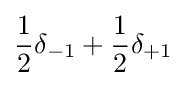
{\frac {1}{2}}\delta _{-1}+{\frac {1}{2}}\delta _{+1}